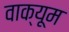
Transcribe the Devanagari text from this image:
वाक्यूम